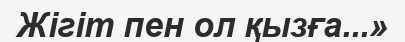
Жігіт пен ол қызға...»